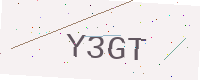
Text: Y3GT